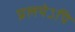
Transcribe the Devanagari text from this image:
प्रलयेऽपि